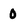
Character: 0